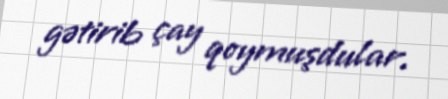
gətirib çay qoymuşdular.